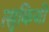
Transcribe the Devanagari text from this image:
त्सुकिजी